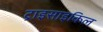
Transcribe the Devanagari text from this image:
ट्राइसाइकिल